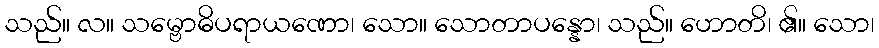
သည်။ လ။ သမ္ဗောဓိပရာယဏော၊ သော။ သောတာပန္နော၊ သည်။ ဟောတိ၊ ၏။ သော၊